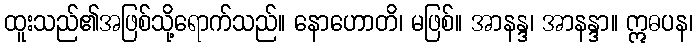
ထူးသည်၏အဖြစ်သို့ရောက်သည်။ နောဟောတိ၊ မဖြစ်။ အာနန္ဒ၊ အာနန္ဒာ။ ဣဓပန၊